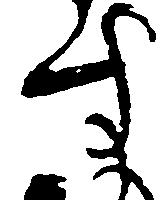
す